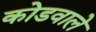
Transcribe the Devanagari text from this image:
कोडवाले